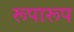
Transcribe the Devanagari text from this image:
रूपारूप